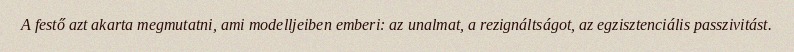
A festő azt akarta megmutatni, ami modelljeiben emberi: az unalmat, a rezignáltságot, az egzisztenciális passzivitást.